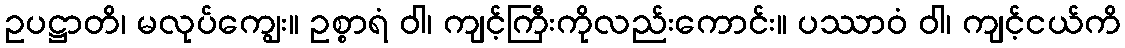
ဥပဋ္ဌာတိ၊ မလုပ်ကျွေး။ ဥစ္စာရံ ဝါ၊ ကျင့်ကြီးကိုလည်းကောင်း။ ပဿာဝံ ဝါ၊ ကျင့်ငယ်ကိ